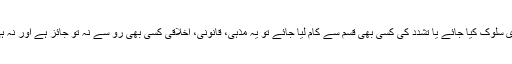
دوسرا رخ اس کا یہ کہ اس بنیاد پر ان سے امتیازی سلوک کیا جائے یا تشدّد کی کسی بھی قسم سے کام لیا جائے تو یہ مذہی، قانونی، اخلاقی کسی بھی رُو سے نہ تو جائز ہے اور نہ ہی اس کی کوئی توجیہہ یا حمایت کی جاسکتی ہے۔